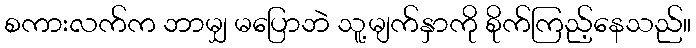
စကားလက်က ဘာမျှ မပြောဘဲ သူ့မျက်နှာကို စိုက်ကြည့်နေသည်။